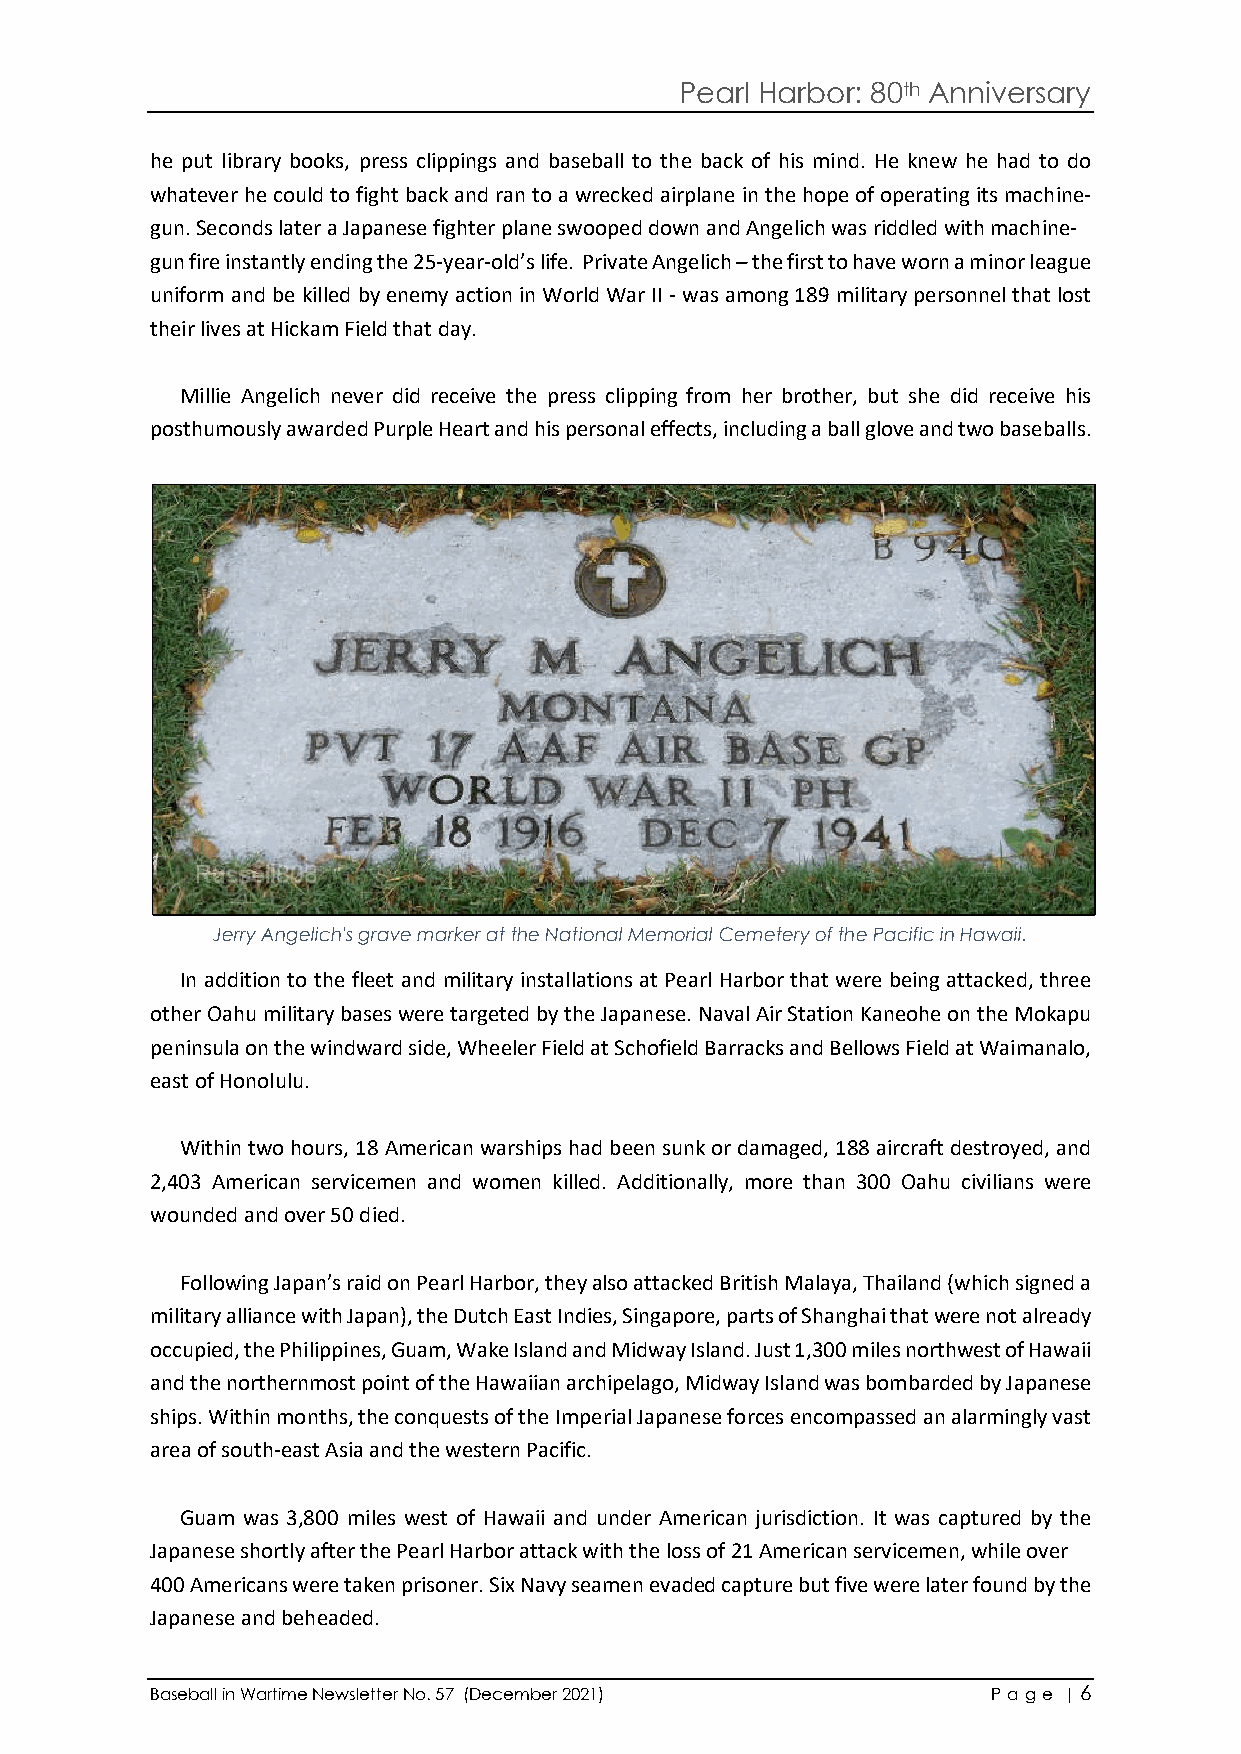
Pearl Harbor: 80th Anniversary
 he put library books, press clippings and baseball to the back of his mind. He knew he had to do
 whatever he could to fight back and ran to a wrecked airplane in the hope of operating its machine-
 gun. Seconds later a Japanese fighter plane swooped down and Angelich was riddled with machine-
 gun fire instantly ending the 25-year-old’s life. Private Angelich – the first to have worn a minor league
 uniform and be killed by enemy action in World War II - was among 189 military personnel that lost
 their lives at Hickam Field that day.
 Millie Angelich never did receive the press clipping from her brother, but she did receive his
 posthumously awarded Purple Heart and his personal effects, including a ball glove and two baseballs.
 Jerry Angelich's grave marker at the National Memorial Cemetery of the Pacific in Hawaii.
 In addition to the fleet and military installations at Pearl Harbor that were being attacked, three
 other Oahu military bases were targeted by the Japanese. Naval Air Station Kaneohe on the Mokapu
 peninsula on the windward side, Wheeler Field at Schofield Barracks and Bellows Field at Waimanalo,
 east of Honolulu.
 Within two hours, 18 American warships had been sunk or damaged, 188 aircraft destroyed, and
 2,403 American servicemen and women killed. Additionally, more than 300 Oahu civilians were
 wounded and over 50 died.
 Following Japan’s raid on Pearl Harbor, they also attacked British Malaya, Thailand (which signed a
 military alliance with Japan), the Dutch East Indies, Singapore, parts of Shanghai that were not already
 occupied, the Philippines, Guam, Wake Island and Midway Island. Just 1,300 miles northwest of Hawaii
 and the northernmost point of the Hawaiian archipelago, Midway Island was bombarded by Japanese
 ships. Within months, the conquests of the Imperial Japanese forces encompassed an alarmingly vast
 area of south-east Asia and the western Pacific.
 Guam was 3,800 miles west of Hawaii and under American jurisdiction. It was captured by the
 Japanese shortly after the Pearl Harbor attack with the loss of 21 American servicemen, while over
 400 Americans were taken prisoner. Six Navy seamen evaded capture but five were later found by the
 Japanese and beheaded.
 Baseball in Wartime Newsletter No. 57 (December 2021)   P a ge | 6